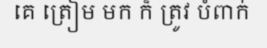
គេ ត្រៀម មក ក៏ ត្រូវ បំពាក់